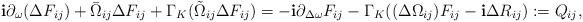
LaTeX: \begin{align*}\mathbf{i}\partial_{\omega}(\Delta F_{ij})+\bar{\Omega}_{ij}\Delta F_{ij}+\Gamma_K(\tilde{\Omega}_{ij}\Delta F_{ij})=-\mathbf{i}\partial_{\Delta{\omega}}F_{ij}-\Gamma_K((\Delta\Omega_{ij})F_{ij}-\mathbf{i}\Delta R_{ij}):=Q_{ij},\end{align*}